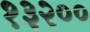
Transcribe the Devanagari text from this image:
१३२००